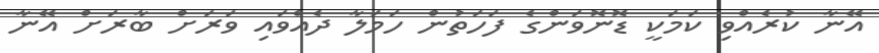
އޭނާ ކުރެއްވި ކަމަކީ ޑޮނޮވަންގެ ފަހަތުން ހަމަލާ ދެއްވައި ވަރަށް ބާރަށް އޭނާ